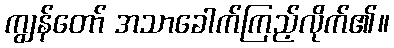
ကျွန်တော် အသာခေါက်ကြည့်လိုက်၏။